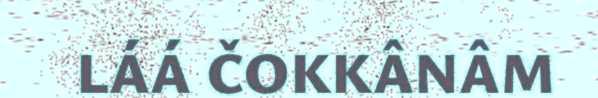
LÁÁ ČOKKÂNÂM